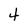
Character: 4